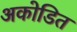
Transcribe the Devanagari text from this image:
अकोडित